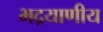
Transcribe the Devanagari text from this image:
भद्रयाणीय